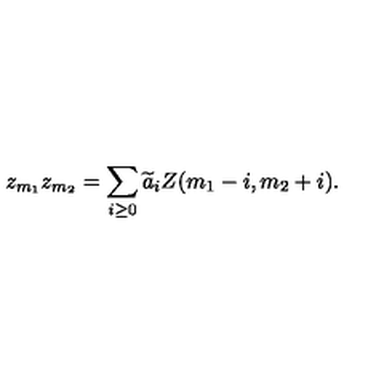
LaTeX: z _ { m _ { 1 } } z _ { m _ { 2 } } = \sum _ { i \ge 0 } { \widetilde a } _ { i } Z ( m _ { 1 } - i , m _ { 2 } + i ) .